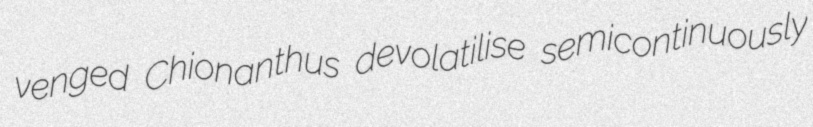
venged Chionanthus devolatilise semicontinuously